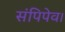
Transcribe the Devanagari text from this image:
संपिपेव।